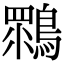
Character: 䳴